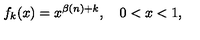
f _ { k } ( x ) = x ^ { \beta ( n ) + k } , \quad 0 < x < 1 ,